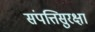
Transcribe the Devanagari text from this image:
संपत्तिसुरक्षा